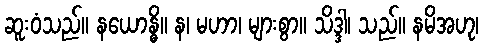
ဆူးဝံသည်။ နယောန္ဓိ။ န၊ မဟာ၊ များစွာ။ သိဒ္ဒါ၊ သည်။ နမိအဟု၊